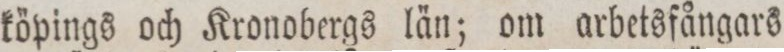
köpings och Kronobergs län; om arbetsfångars